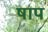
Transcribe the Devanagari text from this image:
षाप